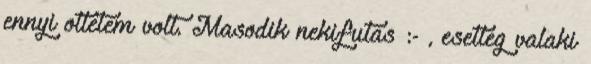
ennyi otletem volt. Masodik nekifutas :- , esetleg valaki